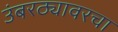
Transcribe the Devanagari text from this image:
उंबरठ्यावरचा